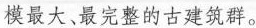
模最大、最完整的古建筑群。